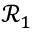
\mathcal { R } _ { 1 }